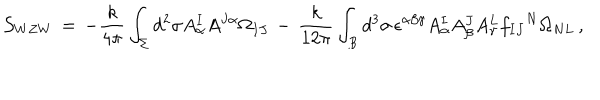
{ \cal S } _ { W Z W } \, = \, - \frac { k } { 4 \pi } \int _ { \Sigma } d ^ { 2 } \sigma A _ { \alpha } ^ { I } A ^ { J \alpha } \Omega _ { I J } \, - \, \frac { k } { 1 2 \pi } \int _ { B } d ^ { 3 } \sigma \, \epsilon ^ { \alpha \beta \gamma } A _ { \alpha } ^ { I } A _ { \beta } ^ { J } A _ { \gamma } ^ { L } { f _ { I J } } ^ { N } \Omega _ { N L } \, ,